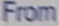
From